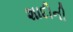
શાદીની